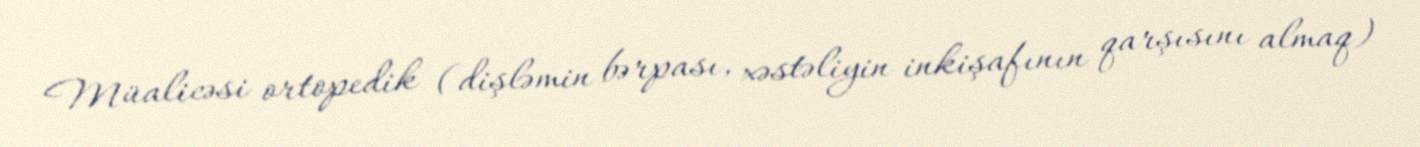
Müalicəsi ortopedik (dişləmin bərpası, xəstəliyin inkişafının qarşısını almaq)